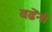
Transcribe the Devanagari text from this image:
बढेंनी